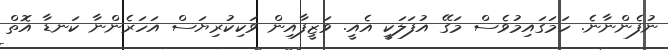
ނުފެންނާނެ. ހަމަގައިމުވެސް މަގޭ އުފަލަކީ އެއީ. ވަޒީފާއިން ވަކިކުރިޔަސް އަހަރެންނާ ކަނޑާ އޮތް